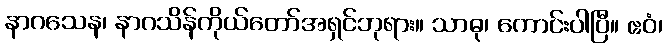
နာဂသေန၊ နာဂသိန်ကိုယ်တော်အရှင်ဘုရား။ သာဓု၊ ကောင်းပါပြီ။ ဧဝံ၊